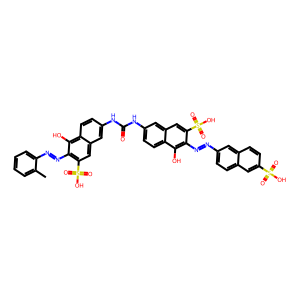
SMILES: Cc1ccccc1N=Nc1c(S(=O)(=O)O)cc2cc(NC(=O)Nc3ccc4c(O)c(N=Nc5ccc6cc(S(=O)(=O)O)ccc6c5)c(S(=O)(=O)O)cc4c3)ccc2c1O
Inhibits HIV replication: Yes